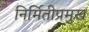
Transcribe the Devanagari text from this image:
निर्मितीप्रमुख